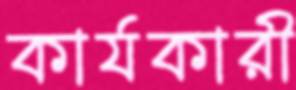
কার্যকারী